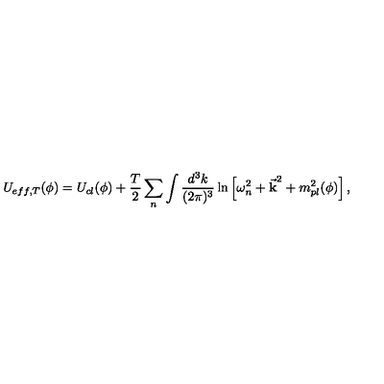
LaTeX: U _ { e f f , T } ( \phi ) = U _ { c l } ( \phi ) + \frac { T } { 2 } \sum _ { n } \int \frac { d ^ { 3 } k } { ( 2 \pi ) ^ { 3 } } \ln \left[ \omega _ { n } ^ { 2 } + { \bf \vec { k } } ^ { 2 } + m _ { p l } ^ { 2 } ( \phi ) \right] , \nonumber